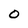
Character: 0